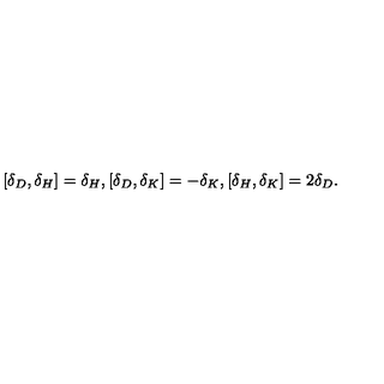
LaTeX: [ \delta _ { D } , \delta _ { H } ] = \delta _ { H } , [ \delta _ { D } , \delta _ { K } ] = - \delta _ { K } , [ \delta _ { H } , \delta _ { K } ] = 2 \delta _ { D } .